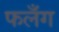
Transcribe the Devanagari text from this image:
फलँग